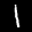
Label: 1